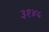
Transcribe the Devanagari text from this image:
३१४५